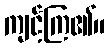
ကျင့်ကြ၏။